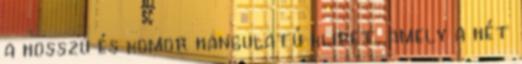
a hosszú és komor hangulatú klipet, amely a hét